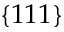
\{ 1 1 1 \}